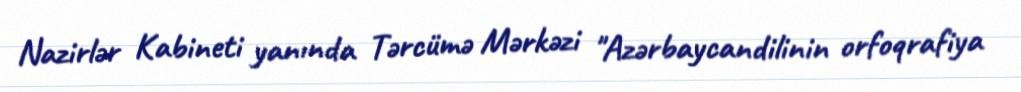
Nazirlər Kabineti yanında Tərcümə Mərkəzi "Azərbaycandilinin orfoqrafiya